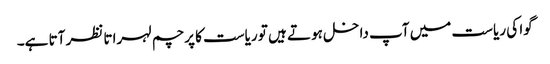
گوا کی ریاست میں آپ داخل ہوتے ہیں تو ریاست کا پرچم لہراتا نظر آتا ہے۔